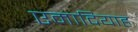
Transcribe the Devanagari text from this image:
एमादियाह